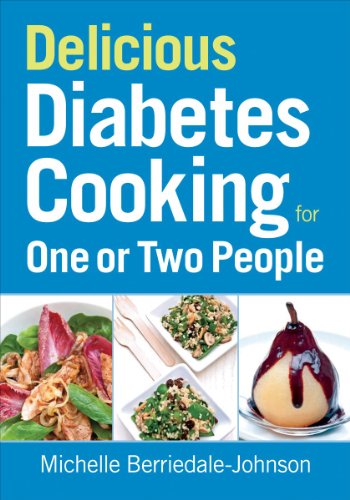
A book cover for Delicious Diabetes Cooking for One or Two People; Michelle Berriedale-Johnson; Cookbooks, Food & Wine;